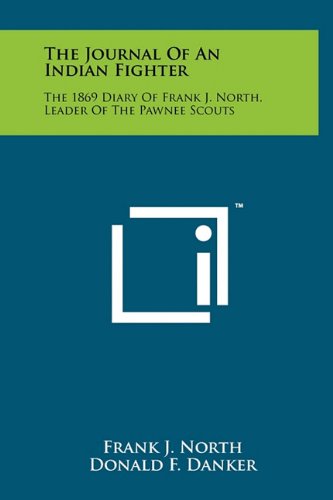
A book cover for The Journal Of An Indian Fighter: The 1869 Diary Of Frank J. North, Leader Of The Pawnee Scouts; Frank J. North; Literature & Fiction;